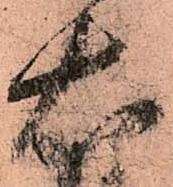
右